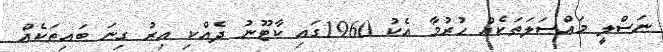
ނަސްލީ މައްސަލަތަކެއް ހުރުމާ އެކު 1960ގައި ކާޓޫނު ދެއްކި އިރު ގިނަ ބައިތަކެއް